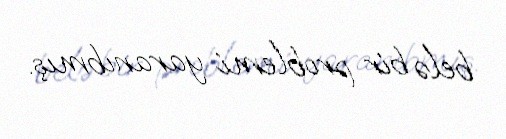
belə bir problemi yaranıbmış.